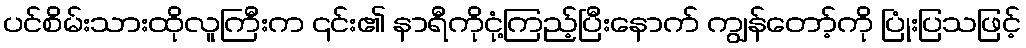
ပင်စိမ်းသားထိုလူကြီးက ၎င်း၏ နာရီကိုငုံ့ကြည့်ပြီးနောက် ကျွန်တော့်ကို ပြုံးပြသဖြင့်